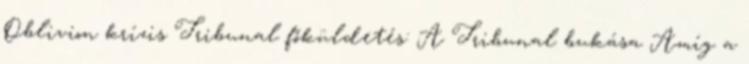
Oblivion krízis Tribunal főküldetés: A Tribunal bukása Amíg a